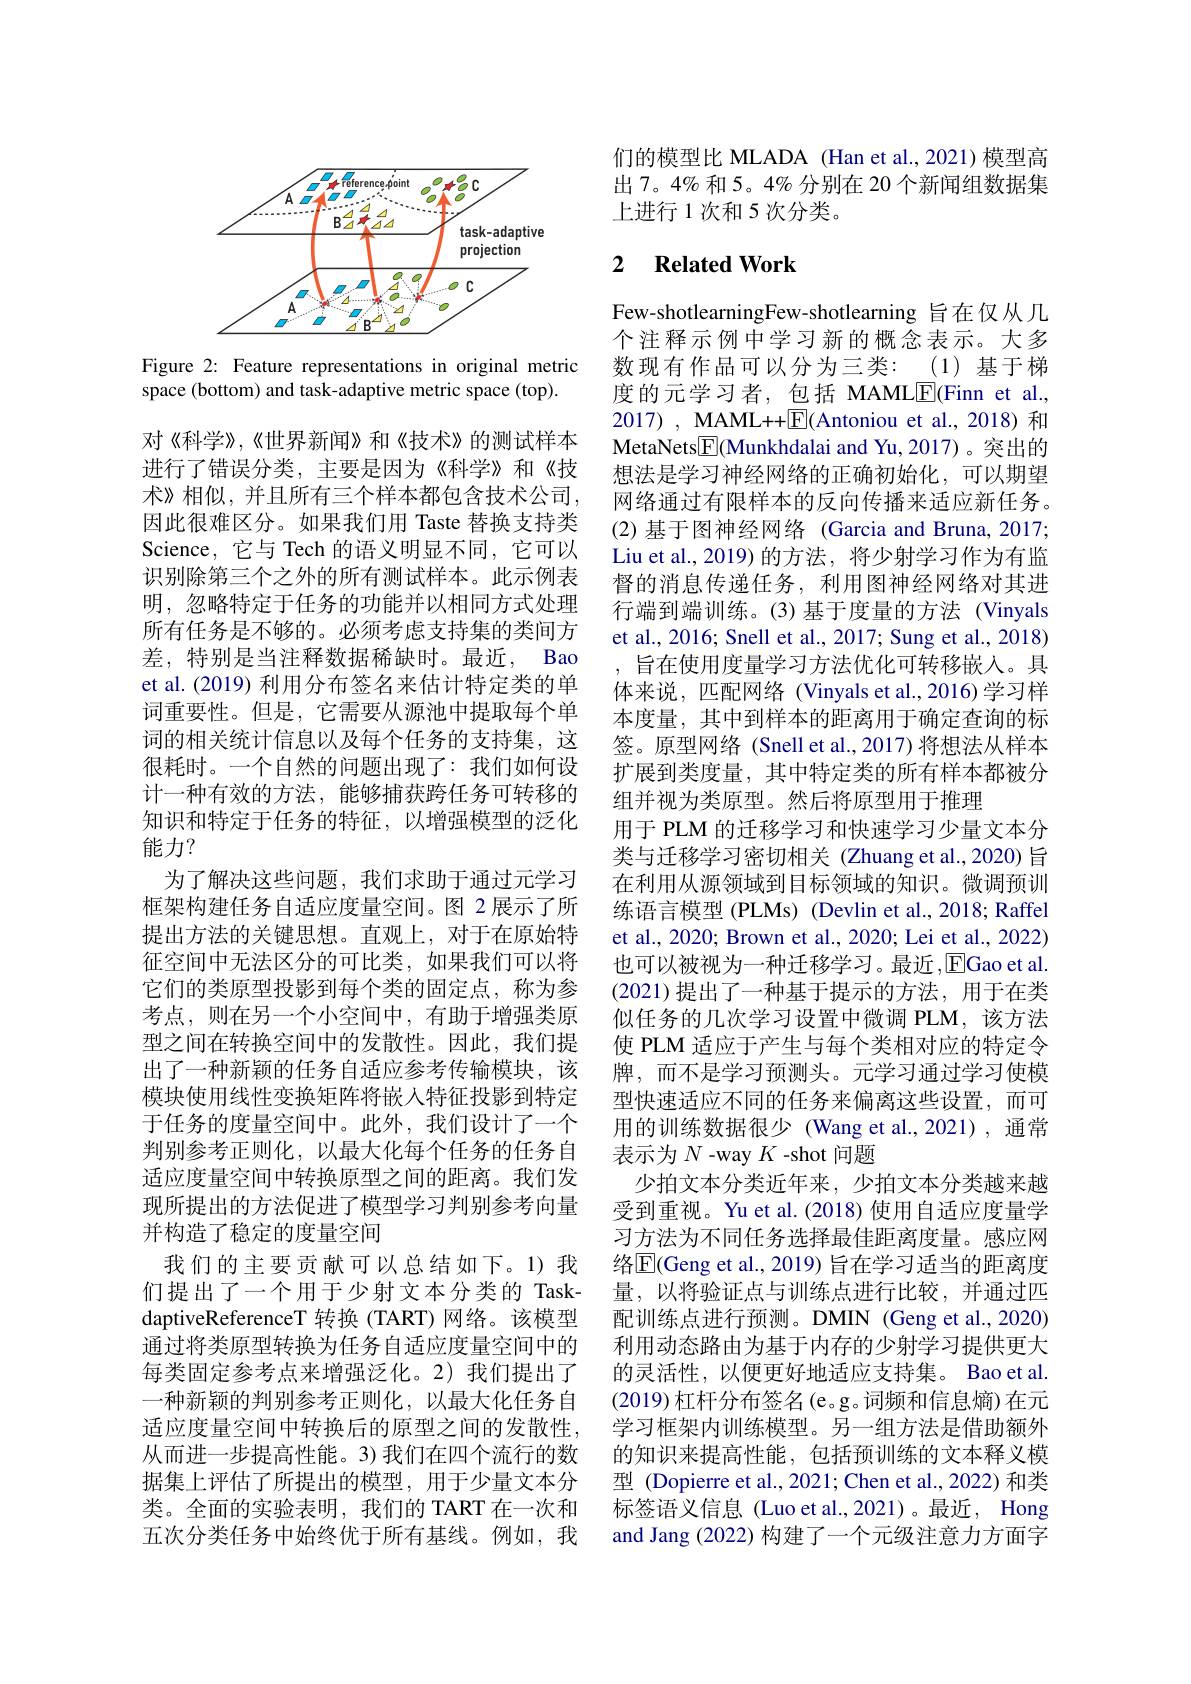
<FigureHere>

Figure 2: Feature representations in original metric
space (bottom) and task-adaptive metric space (top).

对《科学》,《世界新闻》和《技术》的测试样本进行了错误分类，主要是因为《科学》和《技术》相似，并且所有三个样本都包含技术公司， 因此很难区分。如果我们用 Taste 替换支持类Science, 它与 Tech 的语义明显不同，它可以识别除第三个之外的所有测试样本。此示例表明，忽略特定于任务的功能并以相同方式处理所有任务是不够的。必须考虑支持集的类间方差，特别是当注释数据稀缺时。最近，Bao et al. (2019) 利用分布签名来估计特定类的单词重要性。但是，它需要从源池中提取每个单词的相关统计信息以及每个任务的支持集，这很耗时。一个自然的问题出现了：我们如何设计一种有效的方法，能够捕获跨任务可转移的知识和特定于任务的特征，以增强模型的泛化能力？
为了解决这些问题，我们求助于通过元学习框架构建任务自适应度量空间。图 2 展示了所提出方法的关键思想。直观上，对于在原始特征空间中无法区分的可比类，如果我们可以将它们的类原型投影到每个类的固定点，称为参考点，则在另一个小空间中，有助于增强类原型之间在转换空间中的发散性。因此，我们提出了一种新颖的任务自适应参考传输模块，该模块使用线性变换矩阵将嵌入特征投影到特定于任务的度量空间中。此外，我们设计了一个判别参考正则化，以最大化每个任务的任务自适应度量空间中转换原型之间的距离。我们发现所提出的方法促进了模型学习判别参考向量并构造了稳定的度量空间
我们的主要贡献可以总结如下。1)我们提出了一个用于少射文本分类的 TaskdaptiveReferenceT 转换 (TART) 网络。该模型通过将类原型转换为任务自适应度量空间中的每类固定参考点来增强泛化。2)我们提出了一种新颖的判别参考正则化，以最大化任务自适应度量空间中转换后的原型之间的发散性， 从而进一步提高性能。3)我们在四个流行的数据集上评估了所提出的模型，用于少量文本分类。全面的实验表明，我们的 TART 在一次和五次分类任务中始终优于所有基线。例如，我

们的模型比 MLADA (Han et al.,2021) 模型高出 7。4% 和 5。4% 分别在 20 个新闻组数据集上进行 1 次和 5 次分类。

## 2 $\textbf{Related Work}$

Few-shotlearningFew-shotlearning 旨在仅从几个注释示例中学习新的概念表示。大多数现有作品可以分为三类：(1)基于梯度的元学习者，包括 MAMLE(Finn et al., 2017) , MAML++$\boxed{\mathrm{F}}($Antoniou et al.,2018) 和MetaNets$\boxed{\mathrm{F}}($Munkhdalai and Yu,2017)。突出的想法是学习神经网络的正确初始化，可以期望网络通过有限样本的反向传播来适应新任务。(2)基于图神经网络 (Garcia and Bruna, 2017; Liu et al., 2019) 的方法，将少射学习作为有监督的消息传递任务，利用图神经网络对其进行端到端训练。(3)基于度量的方法 (Vinyals et al., 2016; Snell et al., 2017; Sung et al., 2018)
旨在使用度量学习方法优化可转移嵌入。具体来说，匹配网络(Vinyals et al.,2016)学习样本度量，其中到样本的距离用于确定查询的标签。原型网络 (Snell et al.,2017) 将想法从样本扩展到类度量，其中特定类的所有样本都被分组并视为类原型。然后将原型用于推理
用于 PLM 的迁移学习和快速学习少量文本分类与迁移学习密切相关 (Zhuang et al.,2020) 旨在利用从源领域到目标领域的知识。微调预训练语言模型 (PLMs) (Devlin et al., 2018; Raf et al., 2020; Brown et al., 2020; Lei et al., 2022) 也可以被视为一种迁移学习。最近，EGao et al. (2021)提出了一种基于提示的方法，用于在类似任务的几次学习设置中微调 PLM,该方法使 PLM 适应于产生与每个类相对应的特定令牌，而不是学习预测头。元学习通过学习使模型快速适应不同的任务来偏离这些设置，而可用的训练数据很少(Wang et al.,2021),通常表示为$N$ -way $K$ -shot 问题
少拍文本分类近年来，少拍文本分类越来越受到重视。Yu et al.(2018) 使用自适应度量学习方法为不同任务选择最佳距离度量。感应网络$\overline{\mathrm{E}}($Geng et al., 2019) 旨在学习适当的距离度量，以将验证点与训练点进行比较，并通过匹配训练点进行预测。DMIN (Geng et al.,2020) 利用动态路由为基于内存的少射学习提供更大的灵活性，以便更好地适应支持集。Bao et al. (2019)杠杆分布签名(e。g。词频和信息熵)在元学习框架内训练模型。另一组方法是借助额外的知识来提高性能，包括预训练的文本释义模型 (Dopierre et al., 2021; Chen et al., 2022) 和类标签语义信息(Luo et al.,2021)。最近，Hong and Jang (2022) 构建了一个元级注意力方面字